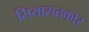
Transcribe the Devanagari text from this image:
सियासतकार